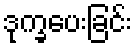
ဒုက္ခပေးခြင်း